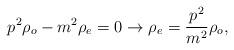
LaTeX: \begin{align*}p^{2}\rho_{o}-m^{2}\rho_{e}=0\rightarrow\rho_{e}=\frac{p^{2}}{m^{2}}\rho_{o},\end{align*}